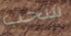
سحب